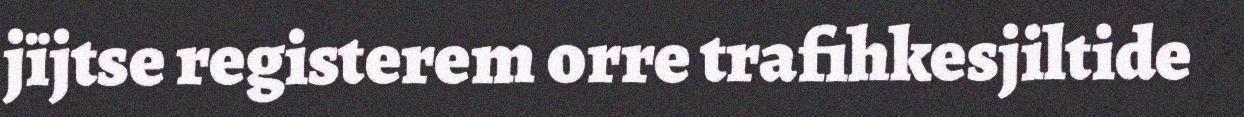
jïjtse registerem orre trafihkesjiltide